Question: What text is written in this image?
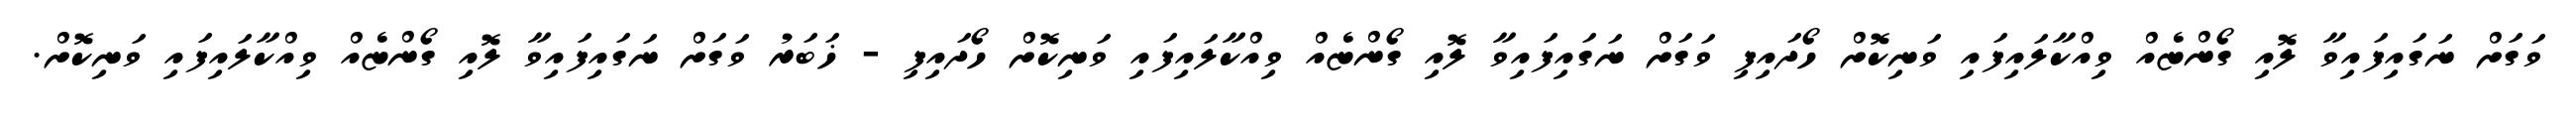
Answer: ވަގަށް ނަގައިފައިވާ ލޮއި ގޯންޏެއް ވިއްކާލައިފައި ވަނިކޮށް ހޯދައިފި ވަގަށް ނަގައިފައިވާ ލޮއި ގޯންޏެއް ވިއްކާލައިފައި ވަނިކޮށް ހޯދައިފި - ޚަބަރު ވަގަށް ނަގައިފައިވާ ލޮއި ގޯންޏެއް ވިއްކާލައިފައި ވަނިކޮށް.